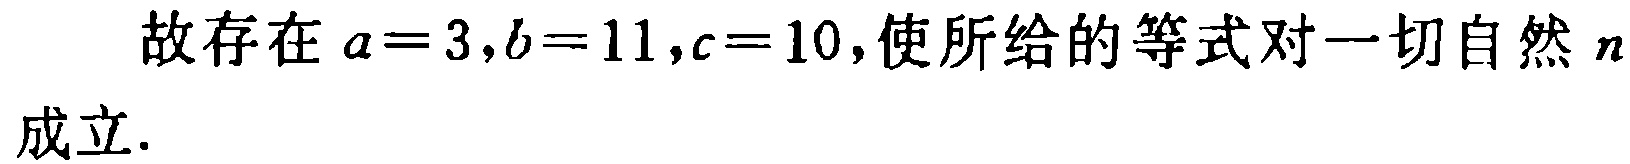
故存在 \(a = 3,b = 11,c = 10\),使所给的等式对一切自然 \(n\) 成立.